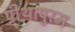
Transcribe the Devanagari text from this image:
पीथापुरम